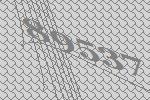
89537